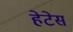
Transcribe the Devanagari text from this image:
हेटेस